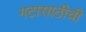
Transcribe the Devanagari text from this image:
गटासाठीची